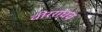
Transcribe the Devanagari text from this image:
वीरराघव